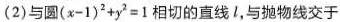
(2)与圆$$( x - 1 ) ^ { 2 } + y ^ { 2 } = 1$$相切的直线l，与抛物线交于